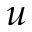
u